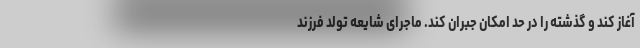
آغاز کند و گذشته را در حد امکان جبران کند. ماجرای شایعه تولد فرزند